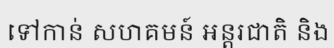
ទៅកាន់ សហគមន៍ អន្តរជាតិ និង